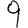
Digit: 9